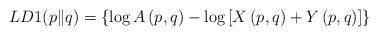
LaTeX: \begin{align*}LD1(p\|q)=\left\lbrace \log A\left(p,q\right)-\log \left[ X\left(p,q\right)+ Y\left(p,q\right)\right] \right\rbrace \end{align*}